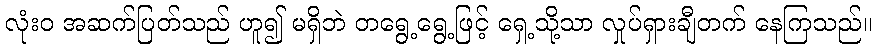
လုံးဝ အဆက်ပြတ်သည် ဟူ၍ မရှိဘဲ တရွေ့ရွေ့ဖြင့် ရှေ့သို့သာ လှုပ်ရှားချီတက် နေကြသည်။